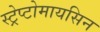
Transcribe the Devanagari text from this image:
स्ट्रेप्टोमायसिन